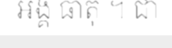
អង្គ ធាតុ ។ ជា